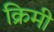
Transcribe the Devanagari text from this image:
क्रिमी